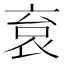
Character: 袬